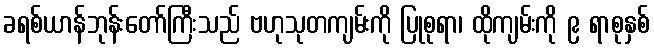
ခရစ်ယာန်ဘုန်းတော်ကြီးသည် ဗဟုသုတကျမ်းကို ပြုစုရာ၊ ထိုကျမ်းကို ၉ ရာစုနှစ်